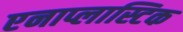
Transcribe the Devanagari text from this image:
एनाप्लास्टिक